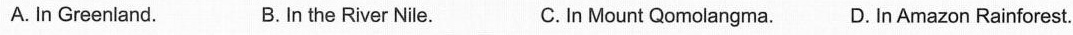
A. In Greenland. B. In the River Nile. C.In Mount Qomolangma.D. In Amazon Rainforest.